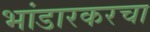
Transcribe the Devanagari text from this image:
भांडारकरचा